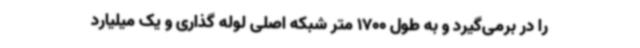
را در برمی‌گیرد و به طول 1700 متر شبکه اصلی لوله گذاری و یک میلیارد